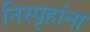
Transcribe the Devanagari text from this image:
निस्पृहांना